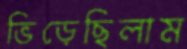
ভিড়েছিলাম